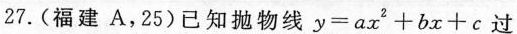
27.(福建A，25)已知抛物线$$y = a x ^ { 2 } + b x + c$$过